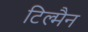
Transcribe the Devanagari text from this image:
टिल्मैन